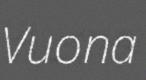
Vuona